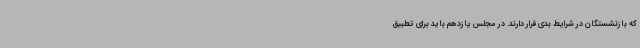
که بازنشستگان در شرایط بدی قرار دارند. در مجلس یازدهم باید برای تطبیق